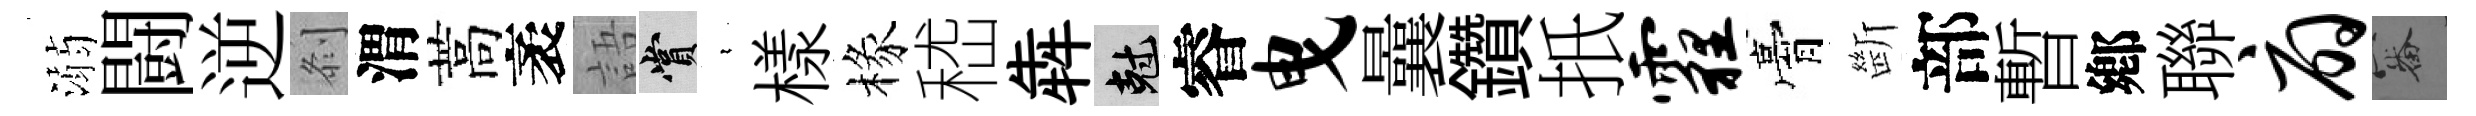
溺闘逆𠛴渭蒿袤語賞裊樣椽嵇犇剋睿曳曩鑽扺霾膏㫁部暫鄕聯扇審